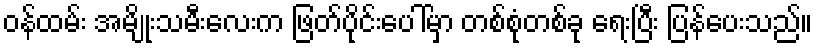
ဝန်ထမ်း အမျိုးသမီးလေးက ဖြတ်ပိုင်းပေါ်မှာ တစ်စုံတစ်ခု ရေးပြီး ပြန်ပေးသည်။